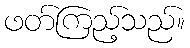
ဖတ်ကြည့်သည်။